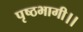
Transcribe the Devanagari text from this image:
पृष्ठभागी।।